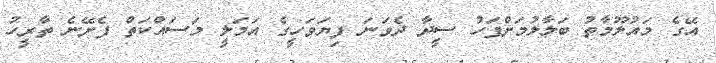
އޭގެ މައުލޫމާތު ބަލާލުމަށްފަހު ސީދާ ދެވަނަ ފިޔަވަހީގެ އަމަލީ މަސައްކަތް ފެށޭނެ ތާރީހު